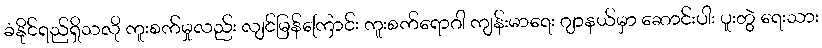
ခံနိုင်ရည်ရှိသလို ကူးစက်မှုလည်း လျင်မြန်ကြောင်း ကူးစက်ရောဂါ ကျန်းမာရေး ဂျာနယ်မှာ ဆောင်းပါး ပူးတွဲ ရေးသား